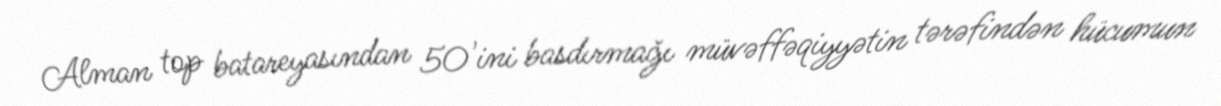
Alman top batareyasından 50'ini basdırmağı müvəffəqiyyətin tərəfindən hücumun